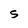
Character: S